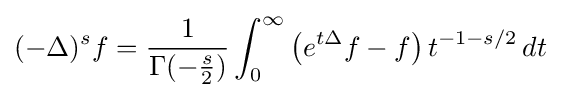
(-\Delta )^{s}f={\frac {1}{\Gamma (-{\frac {s}{2}})}}\int _{0}^{\infty }\left(e^{t\Delta }f-f\right)t^{-1-s/2}\,dt